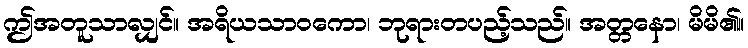
ဤအတူသာလျှင်။ အရိယသာဝကော၊ ဘုရားတပည့်သည်။ အတ္တနော၊ မိမိ၏။